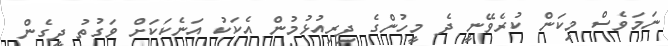
ނަމަވެސް މިކަން ކުރެވޭނީ ދެ މީހުންގެ ދިރިއުޅުމުން އެކަކު އަނެކަކަށް ވަގުތު ދީގެން